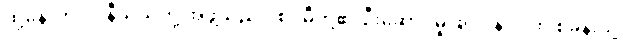
ထို့နောက် ဒင်နီယယ်တို့ အဖွဲ့သည် ပစ်ဂမီတို့၏ ဦးဆောင်မှုဖြင့် ဂွန်ဒါလာ စခန်းသို့